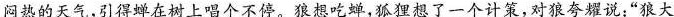
闷热的天气，引得蝉在树上唱个不停。狼想吃蝉，狐狸想了一个计策，对狼夸耀说：”狼大